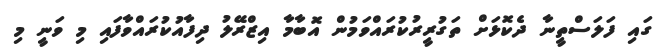
ގައި ފަލަސްތީނާ ދެކޮޅަށް ތަގުރީރުކުރައްވަމުން އޮބާމާ އިޒްރޭލު ދިފާއުކުރައްވާފައި މި ވަނީ މި